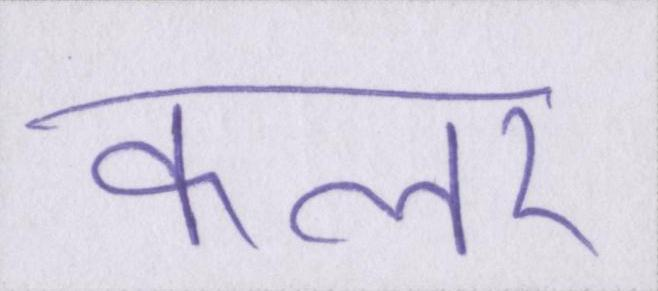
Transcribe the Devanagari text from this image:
कलर